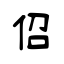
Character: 佋